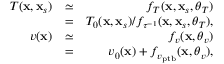
\begin{array} { r l r } { T ( \mathbf { x } , \mathbf { x } _ { s } ) } & { \simeq } & { f _ { T } ( \mathbf { x } , \mathbf { x } _ { s } , \boldsymbol { \theta } _ { T } ) } \\ & { = } & { T _ { 0 } ( \mathbf { x } , \mathbf { x } _ { s } ) / f _ { \tau ^ { - 1 } } ( \mathbf { x } , \mathbf { x } _ { s } , \boldsymbol { \theta } _ { T } ) , } \\ { v ( \mathbf { x } ) } & { \simeq } & { f _ { v } ( \mathbf { x } , \boldsymbol { \theta } _ { v } ) } \\ & { = } & { v _ { 0 } ( \mathbf { x } ) + f _ { v _ { \mathrm { p t b } } } ( \mathbf { x } , \boldsymbol { \theta } _ { v } ) , } \end{array}